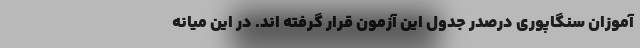
آموزان سنگاپوری درصدر جدول این آزمون قرار گرفته اند. در این میانه